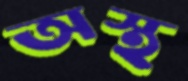
অস্থ